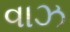
વાઝ